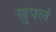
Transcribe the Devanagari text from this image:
खुपलं